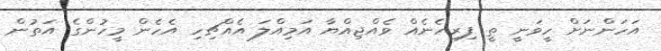
އަހަންނަށް ހީވަނީ ތީ ފިރިހެނެއް ވެއްޖިއްޔާ އަމިއްލަ އެއްޗިހި އެހެން މީހުންގެ އަތުން